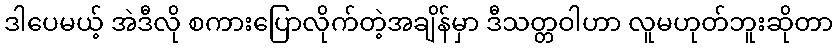
ဒါပေမယ့် အဲဒီလို စကားပြောလိုက်တဲ့အချိန်မှာ ဒီသတ္တဝါဟာ လူမဟုတ်ဘူးဆိုတာ